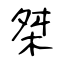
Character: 桀